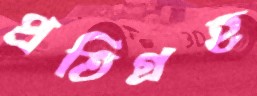
প্রতিগ্রহ